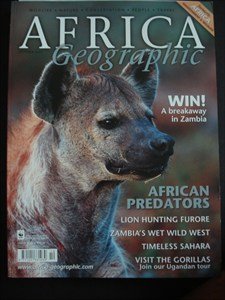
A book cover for AFRICA Geographic - October 2001 - Zambia - Predators - Furore - Zambia - Sahara - Uganda - Gorillas - Wildlife - Nature - Conservation - People - Travel -; Travel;